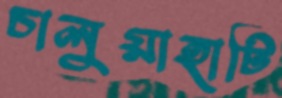
চালুয়াহাটি